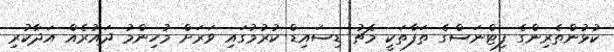
ކުޅުންތެރިންގެ ފިޓްނަސްގެ ތަފާތަކީ މެޗު ޑިސައިޑް ކުރުމުގައި ވަރަށް މުހިންމު ދައުރެއް އަދާކުރި